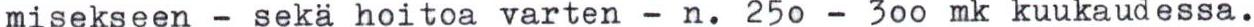
misekseen - sekä hoitoa varten - n. 250 - 300 mk kuukaudessa.